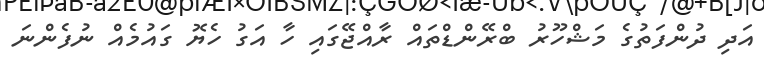
އަދި ދުންފަތުގެ މަޝްހޫރު ބްރޭންޑްތައް ރާއްޖޭގަައި ހާ އަގު ހެޔޮ ގައުމެއް ނުފެންނަ